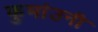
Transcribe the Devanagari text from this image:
कुमांउनी